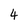
Character: 4